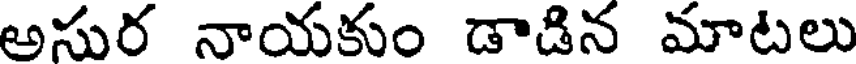
అసుర నాయకుం డాడిన మాటలు